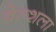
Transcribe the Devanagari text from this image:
वेल्शला